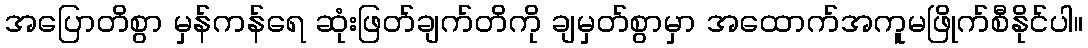
အပြောတိစွာ မှန်ကန်ရေ ဆုံးဖြတ်ချက်တိကို ချမှတ်စွာမှာ အထောက်အကူမဖြိုက်စီနိုင်ပါ။